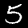
Digit: 5